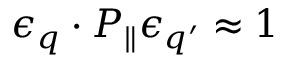
\epsilon _ { q } \cdot P _ { \parallel } \epsilon _ { q ^ { \prime } } \approx 1